画像に写った文字を読んでください
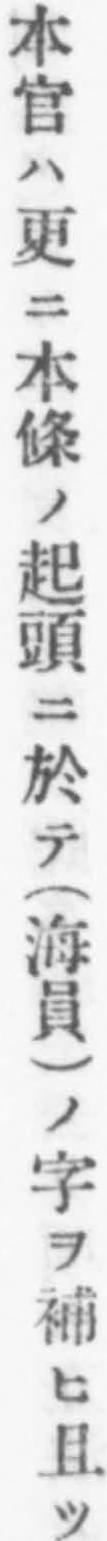
「本官ハ更ニ本條ノ起頭ニ於テ(海員)ノ字ヲ補ヒ且ツ」と書いてあります